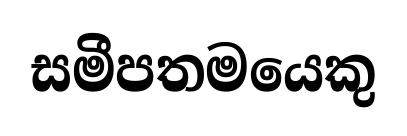
සමීපතමයෙකු